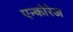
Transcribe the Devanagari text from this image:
एन्कोरेज